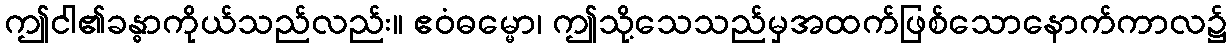
ဤငါ၏ခန္ဓာကိုယ်သည်လည်း။ ဧဝံဓမ္မော၊ ဤသို့သေသည်မှအထက်ဖြစ်သောနောက်ကာလ၌